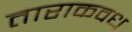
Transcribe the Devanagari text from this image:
ताराकवध